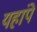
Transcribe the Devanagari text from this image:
यहांपे